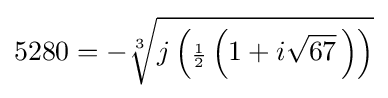
5280=-{\sqrt[{3}]{j\left({\scriptstyle {\frac {1}{2}}}\left(1+i{\sqrt {67}}\,\right)\right)}}